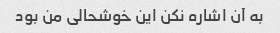
به آن اشاره نکن این خوشحالی من بود